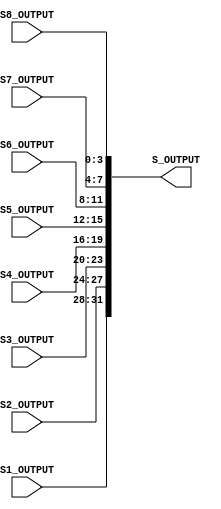
`timescale 1ns / 1ps
//////////////////////////////////////////////////////////////////////////////////
// Company: 
// Engineer: 
// 
// Design Name: 
// Module Name:    Sbox_output 
// Project Name: 
// Target Devices: 
// Tool versions: 
// Description: 
//
// Dependencies: 
//
// Revision: 
// Revision 0.01 - File Created
// Additional Comments: 
//
//////////////////////////////////////////////////////////////////////////////////
module Sbox_Output(S1_OUTPUT, S2_OUTPUT, S3_OUTPUT, S4_OUTPUT, S5_OUTPUT, S6_OUTPUT,S7_OUTPUT, S8_OUTPUT, S_OUTPUT);
input [3 : 0] S1_OUTPUT;
input [3 : 0] S2_OUTPUT;
input [3 : 0] S3_OUTPUT;
input [3 : 0] S4_OUTPUT;
input [3 : 0] S5_OUTPUT;
input [3 : 0] S6_OUTPUT;
input [3 : 0] S7_OUTPUT;
input [3 : 0] S8_OUTPUT;
output [32 : 1]S_OUTPUT;
wire [3 : 0] S1_OUTPUT;
wire [3 : 0] S2_OUTPUT;
wire [3 : 0] S3_OUTPUT;
wire [3 : 0] S4_OUTPUT;
wire [3 : 0] S5_OUTPUT;
wire [3 : 0] S6_OUTPUT;
wire [3 : 0] S7_OUTPUT;
 
wire [3 : 0] S8_OUTPUT;
wire [32 : 1]S_OUTPUT;
assign S_OUTPUT = {S1_OUTPUT,S2_OUTPUT,S3_OUTPUT,S4_OUTPUT,S5_OUTPUT,S6_OUTPUT,S7_OUTPUT,S8_OUTPUT};
endmodule